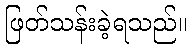
ဖြတ်သန်းခဲ့ရသည်။